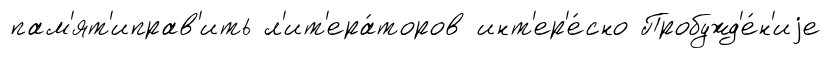
пам'ят'иправ'ить л'ит'ера́торов инт'ер'е́сно Пробужд'е́н'иjе